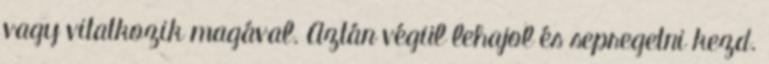
vagy vitatkozik magával. Aztán végül lehajol és sepregetni kezd.